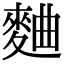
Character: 麯